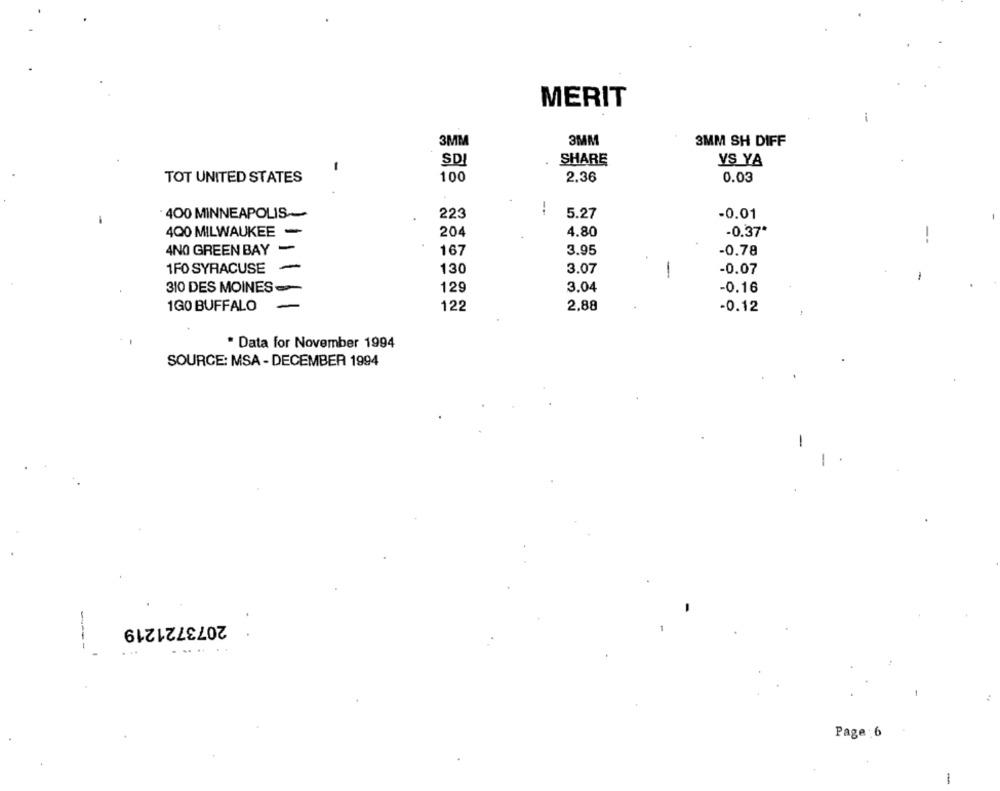
MERIT
-
3MM
3MM
3MM SH DIFF
-
SD
SHARE
VS YA
TOT UNITED STATES
100
2.36
0.03
400 MINNEAPOLIS-
223
5.27
-0.01
400 MILWAUKEE -
204
4.80
-0.37
4NO GREEN BAY -
167
3.95
-0.78
1F0 SYRACUSE
130
3.07
-0.07
-
310 DES MOINES -
129
3.04
-0.16
1GO BUFFALO
122
2,88
-0.12
* Data for November 1994
SOURCE: MSA - DECEMBER 1994
2073721219
. ..
Page : 6
-